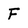
Character: F